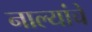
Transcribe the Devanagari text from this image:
नाल्यांचे